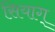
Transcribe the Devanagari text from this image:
सियाग्